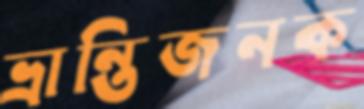
ভ্রান্তিজনক